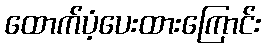
ထောက်ပံ့ပေးထားကြောင်း